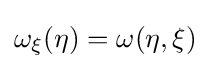
\omega _{\xi }(\eta )=\omega (\eta ,\xi )